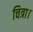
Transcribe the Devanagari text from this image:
चित्रा।